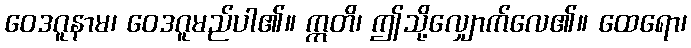
ဝေဒဂူနာမ၊ ဝေဒဂူမည်ပါ၏။ ဣတိ၊ ဤသို့လျှောက်လေ၏။ ထေရော၊